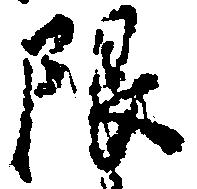
限